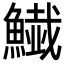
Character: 𩻅